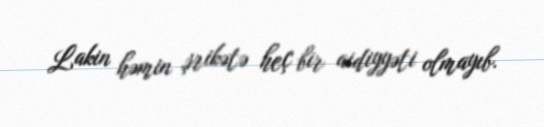
Lakin həmin şrikətə heç bir aidiyyəti olmayıb.